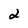
Character: 2